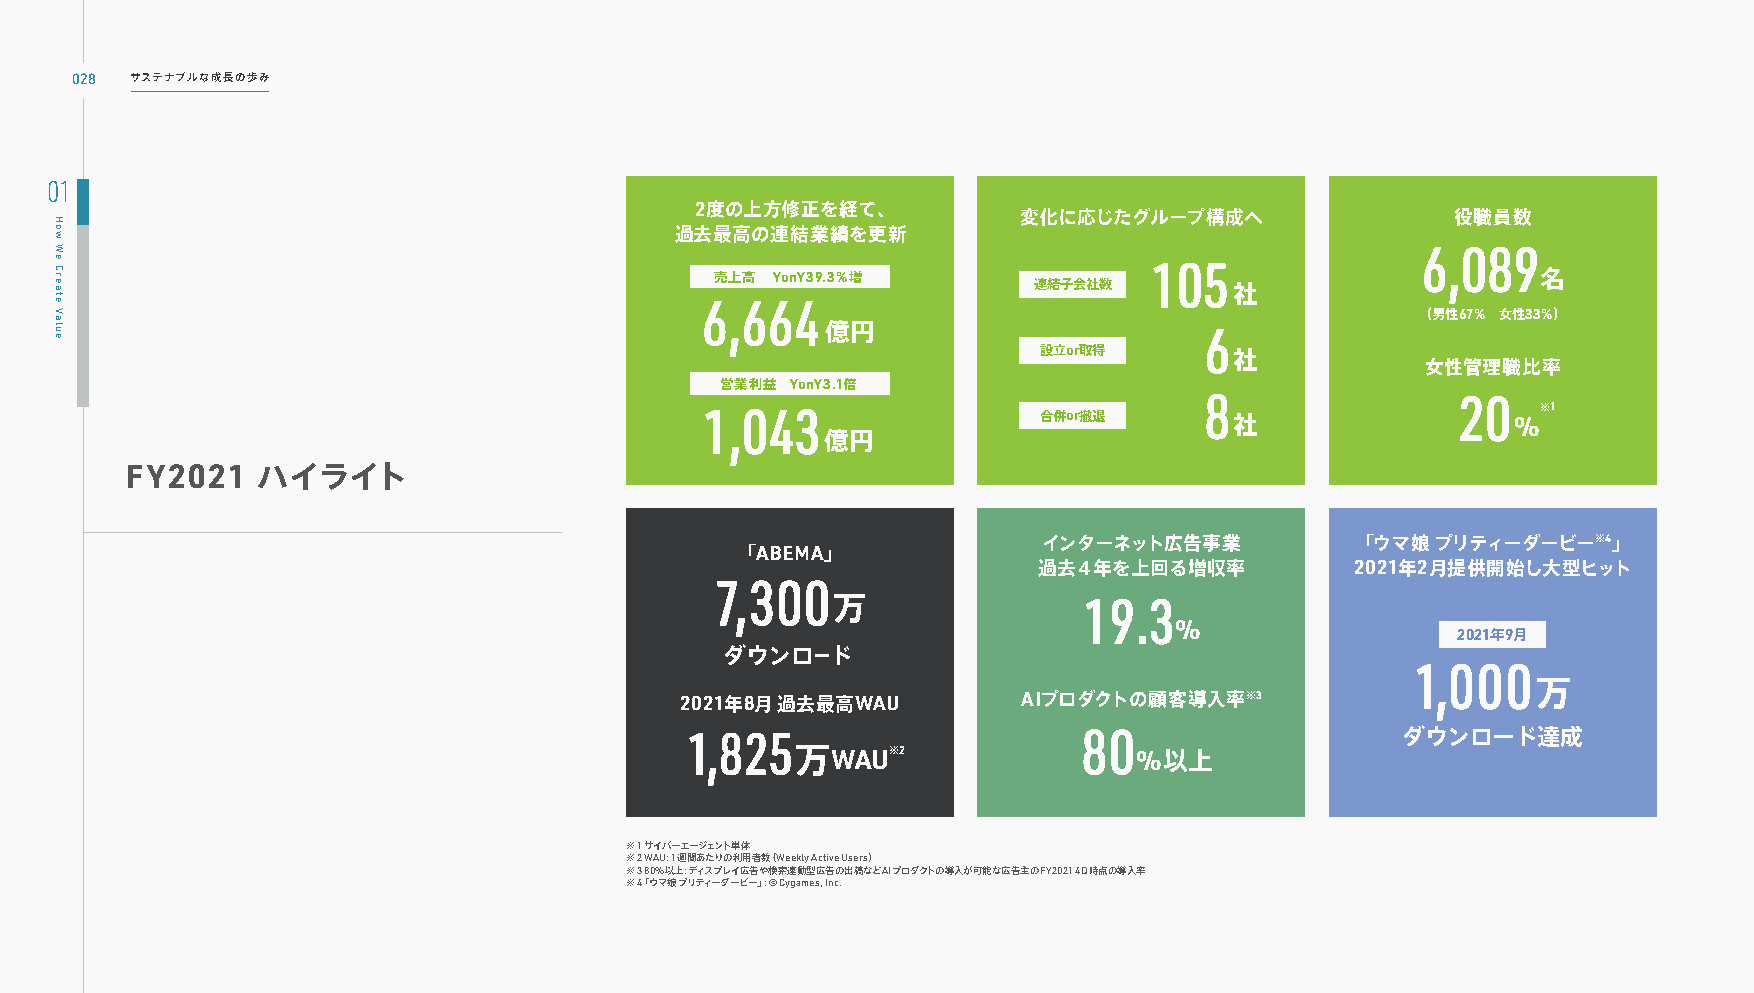
028 サステナブルな成長の歩み
 01
 2度の上方修正を経て、
 変化に応じたグループ構成へ               役職員数
 過去最高の連結業績を更新
 6,089
 105 売上高 YonY39.3％増        名
 連結子会社数        社
 6,664
 （男性67％ 女性33％）
 億円                       6
 設立or取得       社
 女性管理職比率
 営業利益 YonY3.1倍
 8                20
 1,043                 合併or撤退
 社
 %※1
 億円
 FY2021   ハイライト
 インターネット広告事業          「ウマ娘 プリティーダービー※4」
 「ABEMA」
 過去４年を上回る増収率          2021年2月提供開始し大型ヒット
 7,300
 万                19.3
 %
 2021年9月
 ダウンロード
 1,000
 万
 2021年8月 過去最高WAU        AIプロダクトの顧客導入率※3
 1,825                      80                   ダウンロード達成
 万WAU※2                %以上
 ※1 サイバーエージェント単体
 ※2 WAU: 1週間あたりの利用者数（Weekly Active Users）
 ※3 80%以上：ディスプレイ広告や検索連動型広告の出稿などAIプロダクトの導入が可能な広告主のFY2021 4Q時点の導入率
 ※4「 ウマ娘 プリティーダービー」：© Cygames, Inc.
 How
 We
 Create
 Value